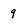
Character: q